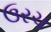
ઉરચ